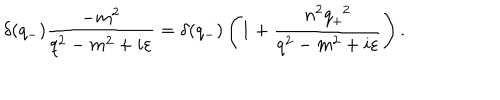
LaTeX: { \delta } ( q _ { - } ) \frac { - m ^ { 2 } } { q ^ { 2 } - m ^ { 2 } + i { \varepsilon } } = { \delta } ( q _ { - } ) \left( 1 + \frac { n ^ { 2 } q _ { + } ^ { \; \; 2 } } { q ^ { 2 } - m ^ { 2 } + i { \varepsilon } } \right) .